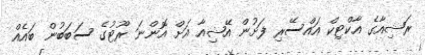
ރަޝިއާގެ އާކްޓިކް އައްސޭރި ފަށުން އޭޝިއާ އަށް އޮންނަ ރޫޓުގެ ސަބަބުން ބައެއް